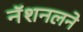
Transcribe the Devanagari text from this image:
नॅशनलने